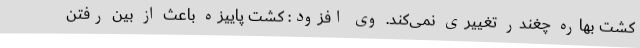
کشت بهاره چغندر تغییری نمی‌کند. وی افزود: کشت پاییزه باعث از بین رفتن